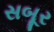
સબૂર